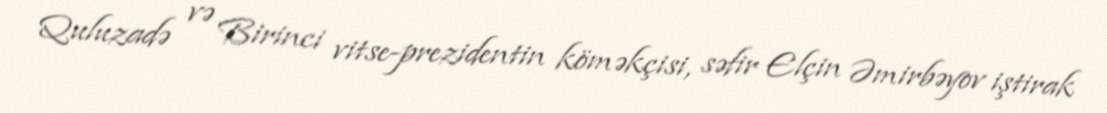
Quluzadə və Birinci vitse-prezidentin köməkçisi, səfir Elçin Əmirbəyov iştirak